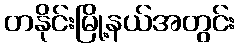
တနိုင်းမြို့နယ်အတွင်း